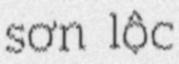
sơn lộc